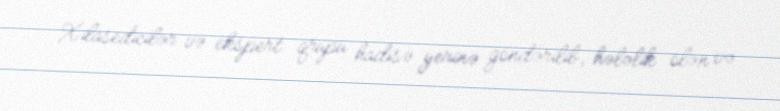
Xilasedicilər və ekspert qrupu hadisə yerinə göndərilib, hələlik ölən və